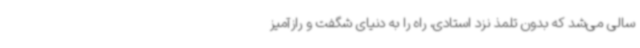
سالی می‌شد که بدون تلمذ نزد استادی، راه را به دنیای شگفت و رازآمیز